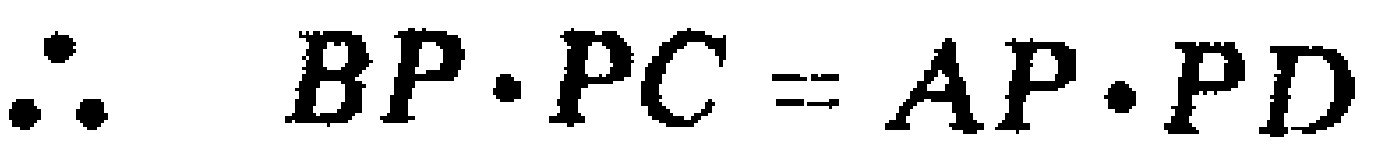
\(\therefore\ BP\cdot PC = AP\cdot PD\)